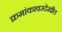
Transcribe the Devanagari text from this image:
क्रमांकावरदेखील